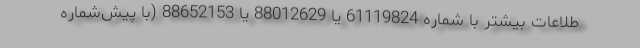
طلاعات بیشتر با شماره 61119824 یا 88012629 یا 88652153 (با پیش‌شماره